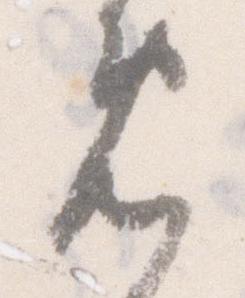
免